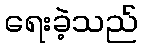
ရေးခဲ့သည်